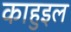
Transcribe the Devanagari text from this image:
काहुइल